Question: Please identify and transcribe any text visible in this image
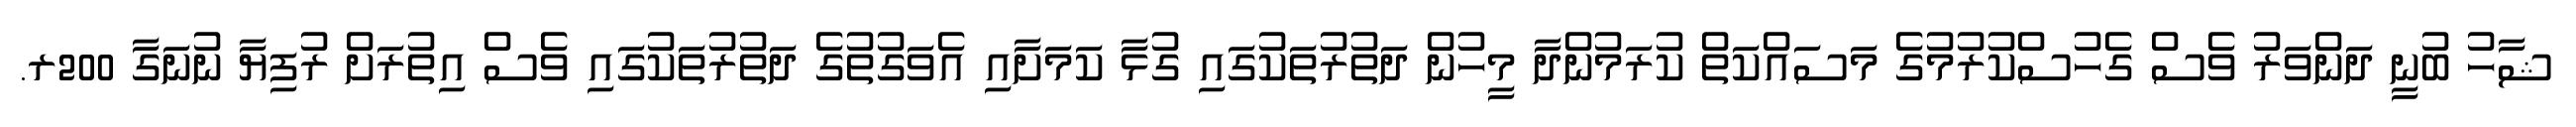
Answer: ޝާހު ބުނީ ދަންވަރު ވެސް ގެހުސްކުރުމުގެ މަސައްކަތް ކުރަމުންދާ މީހުން ދަތުރުތަކުގައި ގުޅާ ކަމަށާއި އެވަގުތުގެ ދަތުރުތަކުގައި ވެސް އިތުރަށް ރުފިޔާ ނުނަގާ 200ރ.